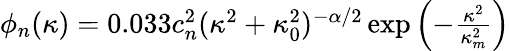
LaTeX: \begin{array}{r}{\phi_{n}(\kappa)=0.033c_{n}^{2}(\kappa^{2}+\kappa_{0}^{2})^{-\alpha/2}\exp\left({-\frac{\kappa^{2}}{\kappa_{m}^{2}}}\right)}\end{array}